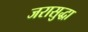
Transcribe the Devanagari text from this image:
जरासुद्धा